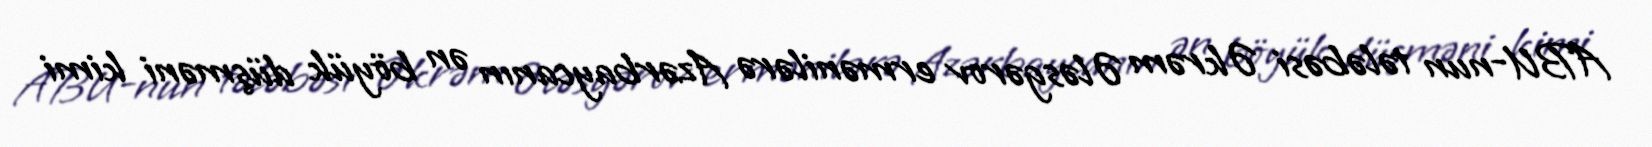
ABU-nun tələbəsi Əkrəm Ələsgərov ermənilərə Azərbaycanın ən böyük düşməni kimi